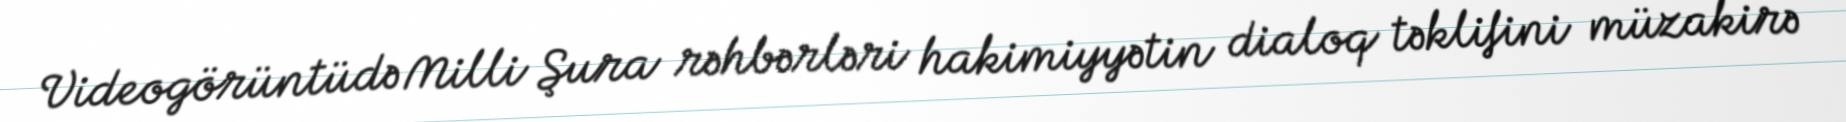
Videogörüntüdə Milli Şura rəhbərləri hakimiyyətin dialoq təklifini müzakirə